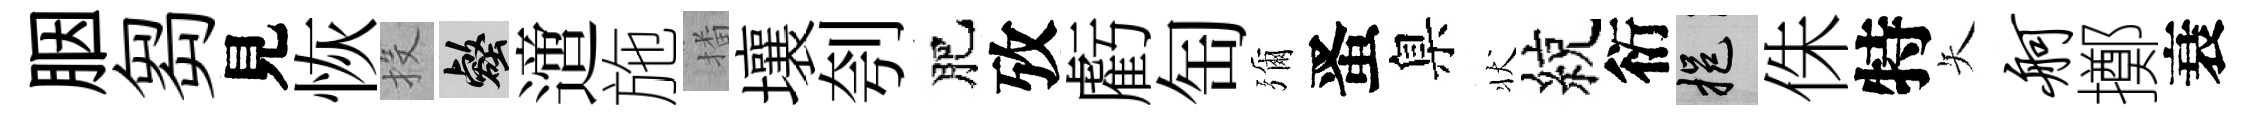
胭芻見恢投壑𨗁施播壤刳肥攷虧匋彌󱉠臬状綂衍挹侏特矢舸擲衰